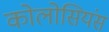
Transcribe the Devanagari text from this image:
कोलोसियंस